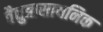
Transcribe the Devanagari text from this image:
वैद्युत्रासायनिक